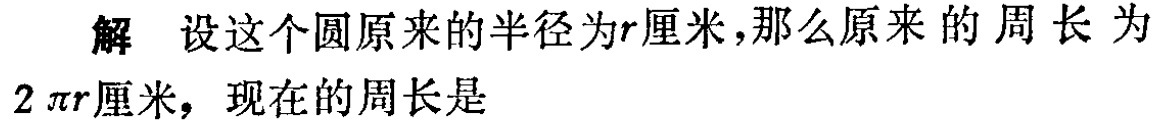
解 设这个圆原来的半径为\(r\)厘米，那么原来的周长为\(2\pi r\)厘米，现在的周长是